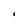
Character: i